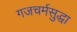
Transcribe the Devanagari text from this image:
गजचर्मसुद्धा